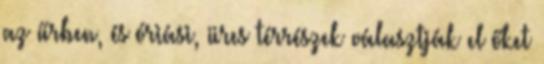
az űrben, és óriási, üres térrészek választják el őket